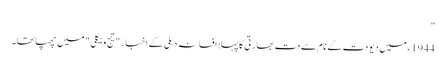
"
1944 ء میں دیودت کے نام سے دت بھارتی کا پہلا افسانہ دہلی کے اخبار "تیج ویکلی " میں چھپا تھا۔